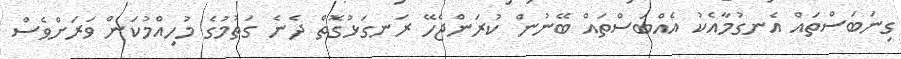
ގިނަބަސްތައް އެނގުމާއެކު އެއްބަސްތައް ބޭނުން ކުރަންޖެހޭ ރަނގަޅުގޮތް ދެނެ ގަތުމުގެ މުހިއްމުކަން ވަރަށްވެސް